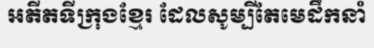
អតីតទីក្រុងខ្មែរ ដែលសូម្បីតែមេដឹកនាំ